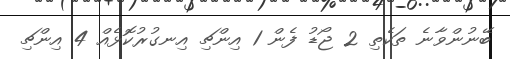
ބޭނުންވާނެ ތަކެތި 2 ޖޯޑު ފެން 1 އިންޗި އިނގުރުކޮޅެއް 4 އިންޗި